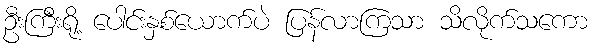
ဦးကြီးရို့ ပေါင်းနှစ်ယောက်ပဲ ပြန်လာကြသာ သိလိုက်သကော